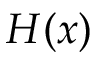
H ( x )